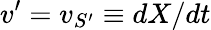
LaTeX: v^{\prime}=v_{S^{\prime}}\equiv dX/dt